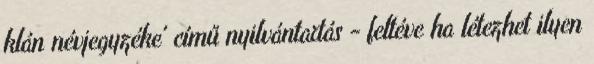
klán névjegyzéke' című nyilvántartás - feltéve ha létezhet ilyen